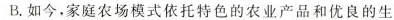
B.如今，家庭农场模式依托特色的农业产品和优良的生